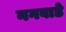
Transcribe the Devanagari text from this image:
नगवाडे